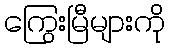
ကြွေးမြီများကို